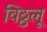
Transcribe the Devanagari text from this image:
विठ्ठलू